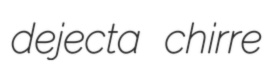
dejecta chirre